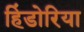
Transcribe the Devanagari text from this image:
हिंडोरिया